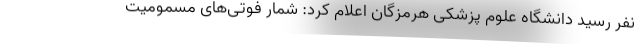
نفر رسید دانشگاه علوم پزشکی هرمزگان اعلام کرد: شمار فوتی‌های مسمومیت